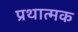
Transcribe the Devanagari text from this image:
प्रथात्मक